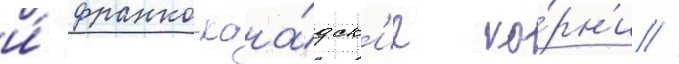
и́ франко-кана́дск'ие ко́рн'и //